Civil Veterinary Department Bihar & Orissa reports 1911-21 - 1911-1921
Year: 1911
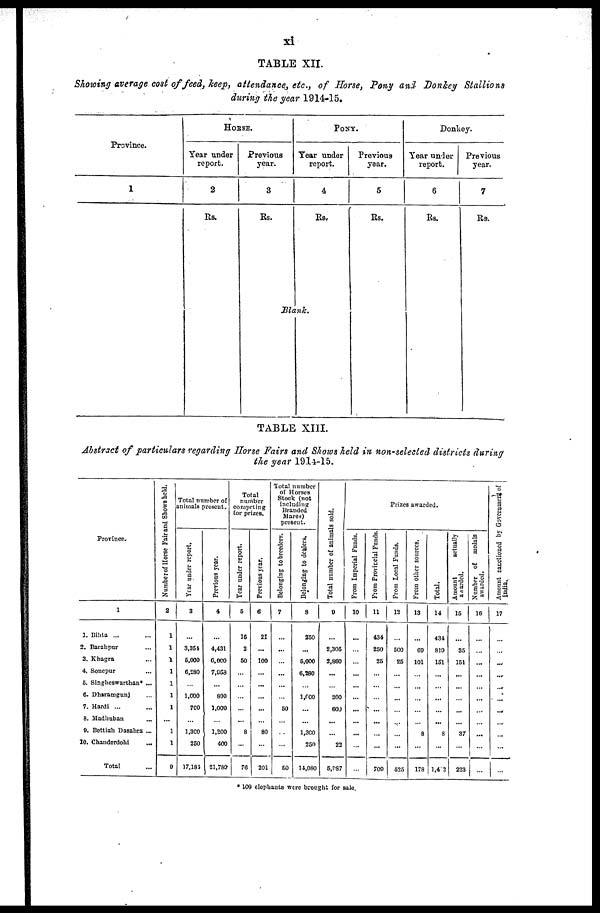
xi
TABLE XII.
Showing average cost of feed, keep, attendance, etc., of Horse, Pony and Donkey Stallions
during the year 1914-15.
Province.
1
HORSE.
Year under
report.
2
Rs.
Previous
year.
3
Rs.
PONY.
Tear under
report.
4
Rs.
Blank.
Previous
year.
5
Rs.
Donkey.
Year under
report.
6
Rs.
Previous
year.
7
Rs.
TABLE XIII.
Abstract of particulars regarding Horse Fairs and Shows held in non-selected districts during
the year 1914-15.
Province.
1
1. Bihta ... …
2. Barahpur …
3. Khagra …
4. Sonepur …
5. Singheswarthan* ...
6. Dharamgunj …
7. Hardi ... …
8. Mcdhban …
0. Bettiah Dasahra ...
10. Ctanderdohi …
Total …
Number
of Horse Fair and Shows held.
2
1
1
1
1
1
1
1
…
1
1
9
Total number of
animals present.
Year under report.
3
…
3,354
6,000
6,280
…
1,000
700
…
1,300
250
17,181
Previous year.
4
…
4,431
6,000
7,053
…
800
1,000
…
1,200
400
21,789
Total
number
competing
for prizes.
Year under report.
5
16
2
50
…
…
…
…
…
8
…
76
Previous year.
6
21
...
100
…
…
…
…
…
80
…
201
Total number
of Horses
Stock (not
including
Branded
Mares)
present.
Belonging to breeders.
7
…
...
…
…
…
…
50
…
…
…
50
Belonging to dealers.
8
250
…
5,000
6,280
…
1,000
…
…
1,300
250
14,080
Total number of animals sold.
0
…
2,305
2,860
…
…
200
600
…
…
22
5,987
Prizes awarded.
From Imperial Funds.
10
…
…
…
…
…
…
…
…
…
…
…
From Provincial Funds.
11
434
250
25
…
…
…
…
…
…
…
709
From Local Funds,
12
…
500
25
…
…
…
…
…
…
…
525
From other sources.
13
…
69
101
…
…
…
…
…
8
…
178
Total.
14
434
819
151
…
…
…
…
...
8
…
l,42
Amount
actually
awarded.
15
…
35
151
…
…
…
…
…
37
…
223
Number of medals
awarded.
16
…
…
…
…
…
…
…
…
...
…
...
Amount sanctioued by Goverenment of
India.
17
…
…
…
...
...
...
...
…
…
...
…
* 100 elephauts were brought for sale.